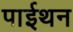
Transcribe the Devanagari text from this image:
पाईथन